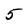
Character: 5